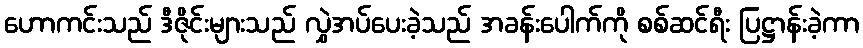
ဟောကင်းသည် ဒီဇိုင်းများသည် လွှဲအပ်ပေးခဲ့သည် အခန်းပေါက်ကို စစ်ဆင်ရီး ပြဋ္ဌာန်းခဲ့ကာ